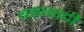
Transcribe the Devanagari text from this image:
बह्रावादी